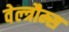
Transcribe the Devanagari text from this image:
वेल्त्रौम्स